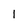
Character: l